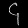
Digit: ၄